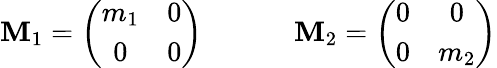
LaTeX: \mathbf{M}_{1}=\left(\begin{array}{cc}{{m_{1}}}&{{0}}\\ {{0}}&{{0}}\end{array}\right)\ \ \ \ \ \ \ \ \ \ \ \ \ \mathbf{M}_{2}=\left(\begin{array}{cc}{{0}}&{{0}}\\ {{0}}&{{m_{2}}}\end{array}\right)